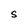
Character: S